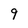
Character: 9